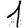
Digit: 1